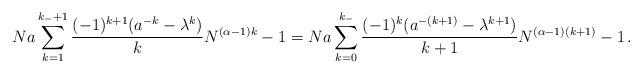
LaTeX: \begin{align*}Na\sum_{k=1}^{k_-+ 1} \frac{(-1)^{k+1}(a^{-k}-{\lambda}^{k})}{k}N^{(\alpha-1)k}-1= Na\sum_{k=0}^{k_-} \frac{(-1)^{k}(a^{-(k+1)}-{\lambda}^{k+1})}{k+1}N^{(\alpha-1)(k+1)}-1\,.\end{align*}